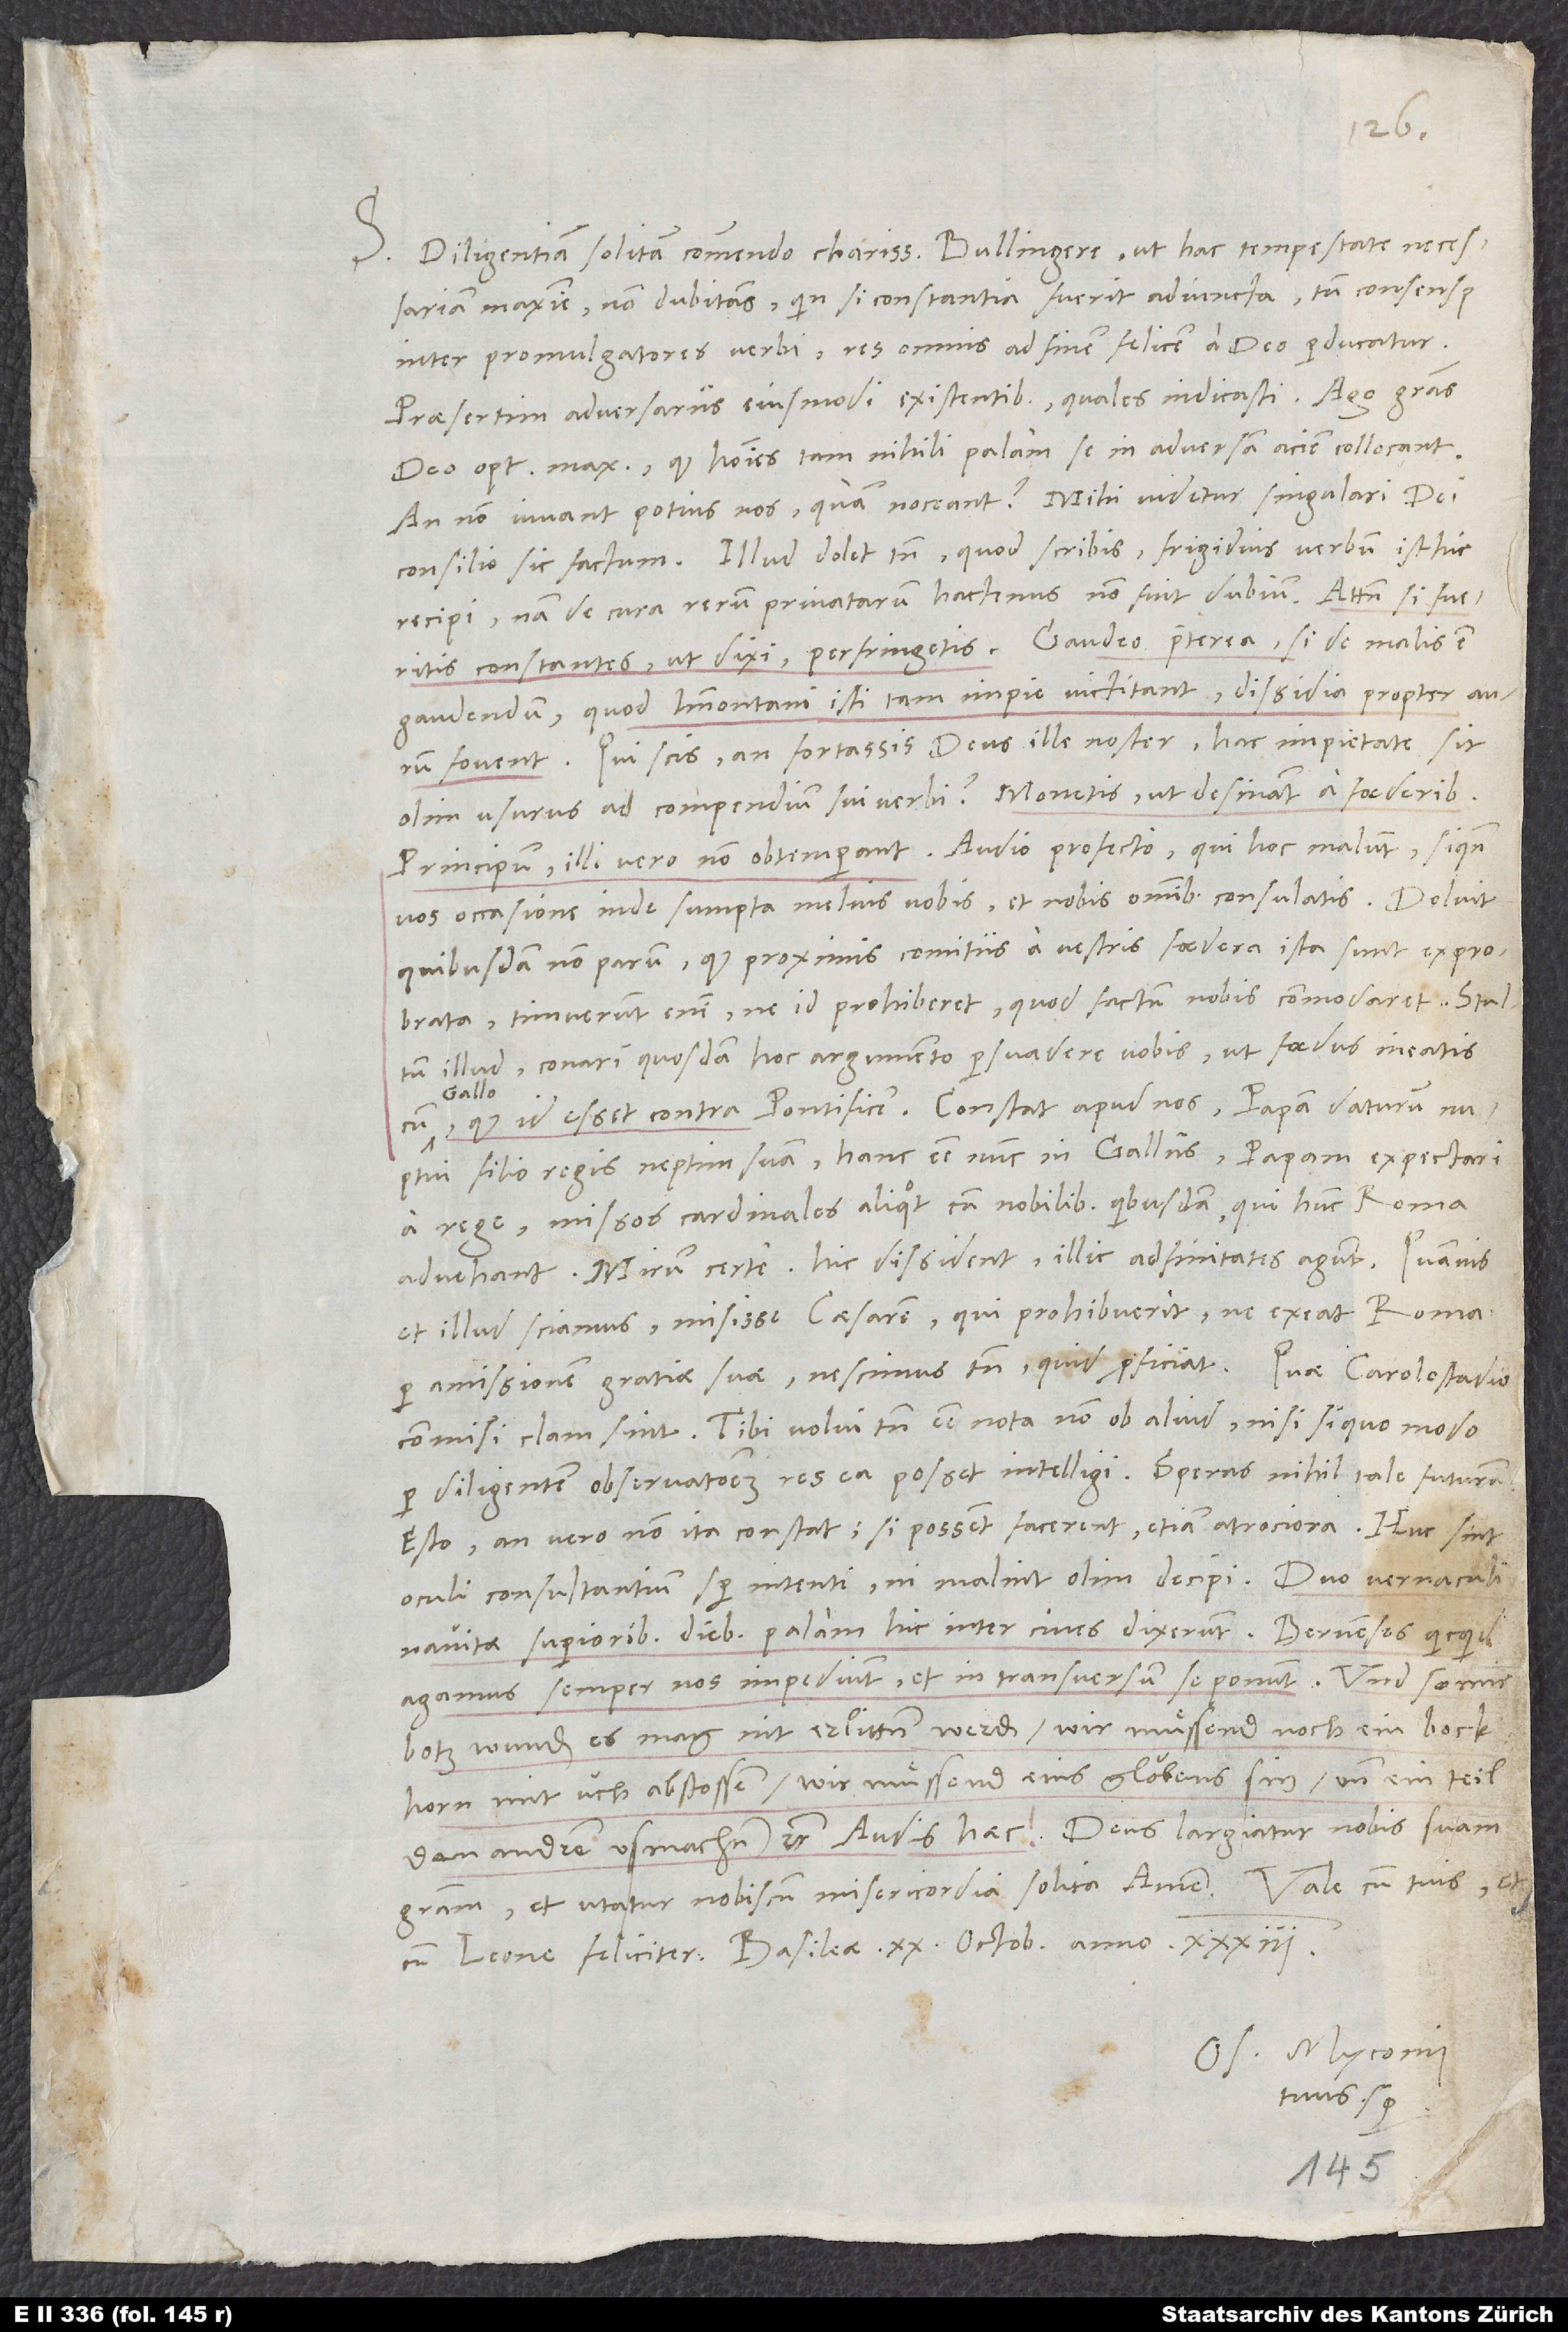
S. Diligentiam solitam commendo, charissime Bullingere, ut hac tempestate necessariam
maxime, non dubitans, quin si constantia fuerit adiuncta, tum consensus
inter promulgatores verbi, res omnis ad finem felicem a deo perducatur,
praesertim adversariis eiusmodi existentibus, quales indicasti. Ago gratias
deo optimo maximo, quod homines tam nihili palam se in adversam aciem collocant.
An non iuvant potius nos, quam noceant? Mihi videtur singulari dei
consilio sic factum. Illud dolet tamen, quod scribis frigidius verbum isthic
recipi. Nam de cura rerum privatarum hactenus non fuit dubium. Attamen si fueritis
constantes, ut dixi, perfringetis. Gaudeo praeterea, si de malis est
gaudendum, quod Immontani isti tam impie victitant, dissidia propter aurum
fovent. Qui scis, an fortassis deus ille noster hac impietate sit
olim usurus ad compendium sui verbi? Monetis, ut desinant a foederibus
principum, illi vero non obtemperant. Audio profecto, qui hoc malunt, siquando
vos occasione inde sumpta melius nobis, et nobis omnibus, consulatis. Doluit
quibusdam non parum, quod proximis comitiis a vestris foedera ista sunt exprobrata.
Timuerunt enim, ne id prohiberet, quod factum nobis commodaret. Stultum
illud, conari quosdam hoc argumento persuadere vobis, ut foedus ineatis
Gallo,
filio regis neptun suam, hanc esse nunc in Galliis, papam expectari
a rege, missos cardinales aliquot cum nobilibus quibusdam, qui hunc Romam
advehant. Mirum certe: Hic dissident, illic adfinitates agunt! Quamvis
et illud sciamus, misisse caesarem, qui prohibuerit, ne exeat Roma,
commisi, clam sint. Tibi volui tamen esse nota non ob aliud, nisi si quo modo
per diligentem observationem res ea possit intelligi. Speras nihil tale futurum.
Esto. An vero non ita constat: Si possent, facerent etiam atrociora? Huc sint
oculi consultantium semper intenti, ni malint olim decipi.
navitae superioribus diebus palam hic inter cives dixerunt: «Bernenses, quicquid
agamus, semper nos impediunt et in transversum se ponunt. Und so mir
hotz wunden, es mag nit erlitten werden, wir muͤssend noch ein bockhorn
mit üch abstossen; wir muͤssend eins gloubens sin und ein teil
den andren usmachen» etc. Audis haec? Deus largiatur nobis suam
gratiam et utatur nobiscum misericordia solita. Amen.
Os. Myconius